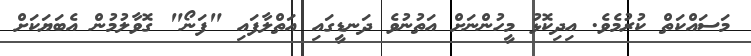
މަސައްކަތް ކުރުމެވެ. އިދިކޮޅު މީހުންނަށް އަތުނުވެ ދަނޑީގައި އަތްލާފައި "ފަނޯ" ގޮވާލުމުން އެބަޔަކަށް